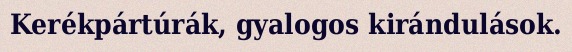
Kerékpártúrák, gyalogos kirándulások.